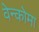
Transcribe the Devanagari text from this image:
वेन्कोमा